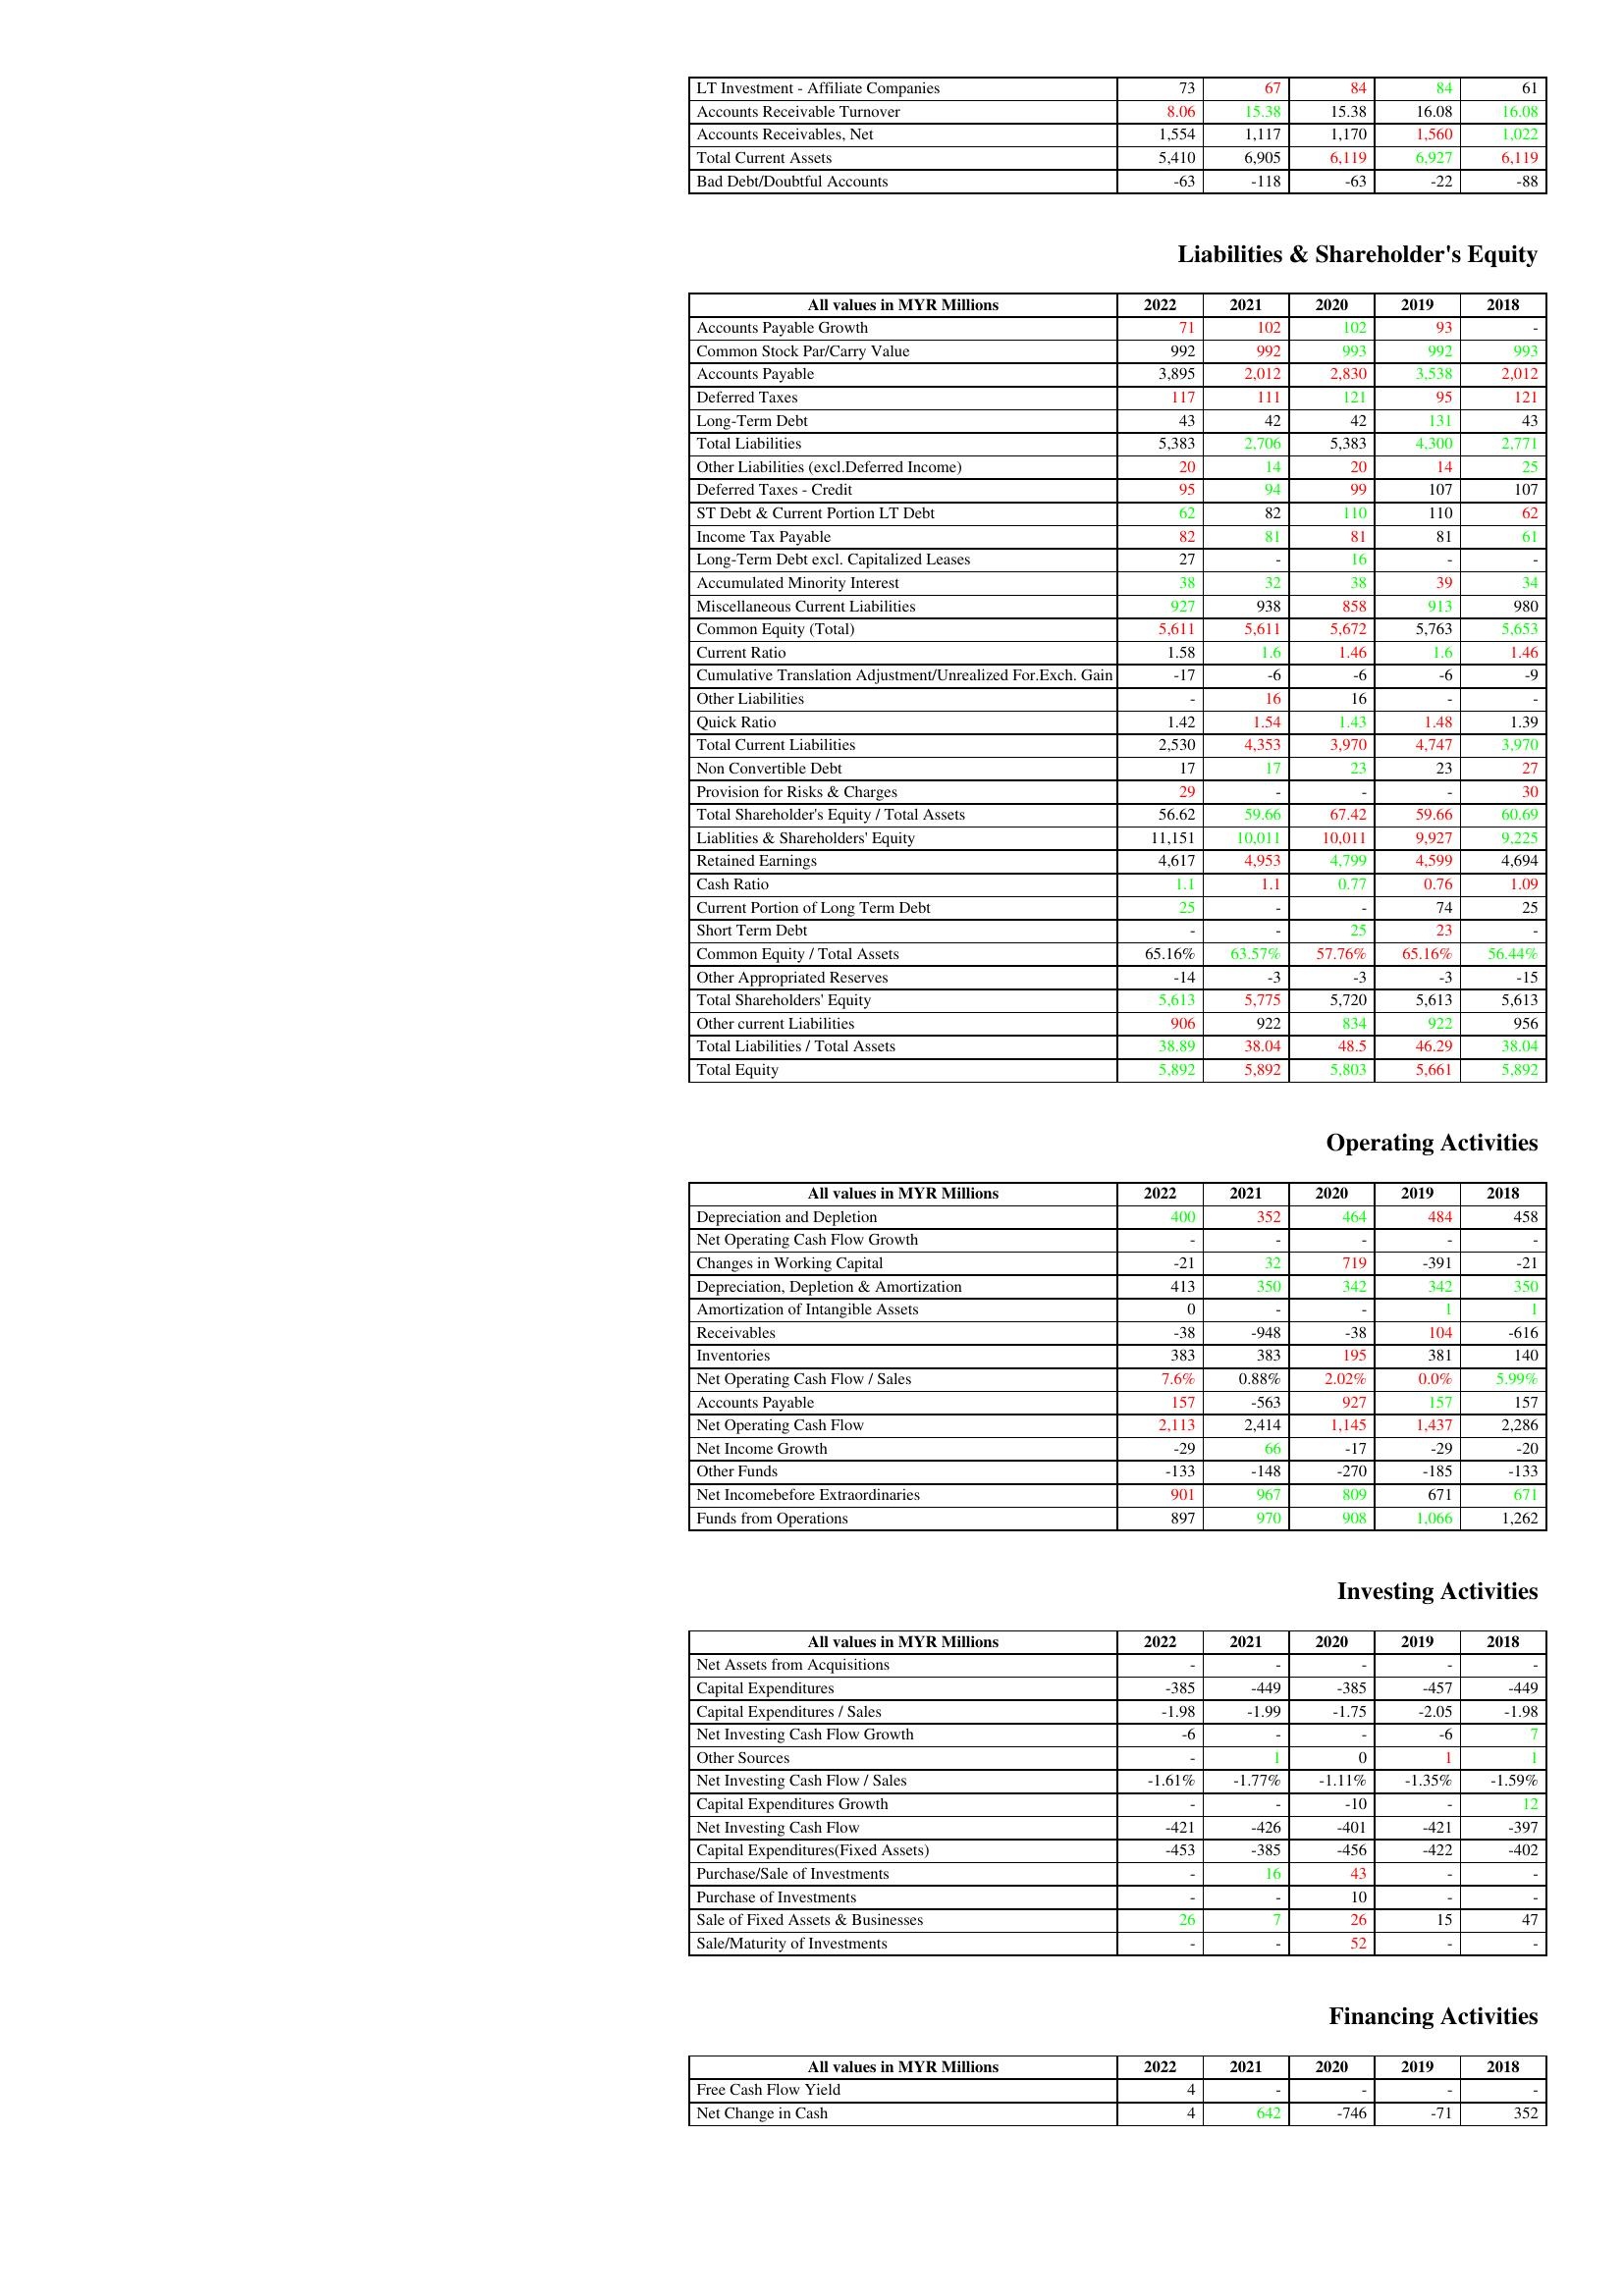
gt_parse: 2022: Assets: LT Investment - Affiliate Companies: 73
Accounts Receivable Turnover: 8.06
Accounts Receivables, Net: 1,554
Total Current Assets: 5,410
Bad Debt/Doubtful Accounts: -63
Liabilities & Shareholder's Equity: Accounts Payable Growth: 71
Common Stock Par/Carry Value: 992
Accounts Payable: 3,895
Deferred Taxes: 117
Long-Term Debt: 43
Total Liabilities: 5,383
Other Liabilities (excl.Deferred Income): 20
Deferred Taxes - Credit: 95
ST Debt & Current Portion LT Debt: 62
Income Tax Payable: 82
Long-Term Debt excl. Capitalized Leases: 27
Accumulated Minority Interest: 38
Miscellaneous Current Liabilities: 927
Common Equity (Total): 5,611
Current Ratio: 1.58
Cumulative Translation Adjustment/Unrealized For.Exch. Gain: -17
Other Liabilities: -
Quick Ratio: 1.42
Total Current Liabilities: 2,530
Non Convertible Debt: 17
Provision for Risks & Charges: 29
Total Shareholder's Equity / Total Assets: 56.62
Liablities & Shareholders' Equity: 11,151
Retained Earnings: 4,617
Cash Ratio: 1.1
Current Portion of Long Term Debt: 25
Short Term Debt: -
Common Equity / Total Assets: 65.16%
Other Appropriated Reserves: -14
Total Shareholders' Equity: 5,613
Other current Liabilities: 906
Total Liabilities / Total Assets: 38.89
Total Equity: 5,892
Operating Activities: Depreciation and Depletion: 400
Net Operating Cash Flow Growth: -
Changes in Working Capital: -21
Depreciation, Depletion & Amortization: 413
Amortization of Intangible Assets: 0
Receivables: -38
Inventories: 383
Net Operating Cash Flow / Sales: 7.6%
Accounts Payable: 157
Net Operating Cash Flow: 2,113
Net Income Growth: -29
Other Funds: -133
Net Incomebefore Extraordinaries: 901
Funds from Operations: 897
Investing Activities: Net Assets from Acquisitions: -
Capital Expenditures: -385
Capital Expenditures / Sales: -1.98
Net Investing Cash Flow Growth: -6
Other Sources: -
Net Investing Cash Flow / Sales: -1.61%
Capital Expenditures Growth: -
Net Investing Cash Flow: -421
Capital Expenditures(Fixed Assets): -453
Purchase/Sale of Investments: -
Purchase of Investments: -
Sale of Fixed Assets & Businesses: 26
Sale/Maturity of Investments: -
Financing Activities: Free Cash Flow Yield: 4
Net Change in Cash: 4
2021: Assets: LT Investment - Affiliate Companies: 67
Accounts Receivable Turnover: 15.38
Accounts Receivables, Net: 1,117
Total Current Assets: 6,905
Bad Debt/Doubtful Accounts: -118
Liabilities & Shareholder's Equity: Accounts Payable Growth: 102
Common Stock Par/Carry Value: 992
Accounts Payable: 2,012
Deferred Taxes: 111
Long-Term Debt: 42
Total Liabilities: 2,706
Other Liabilities (excl.Deferred Income): 14
Deferred Taxes - Credit: 94
ST Debt & Current Portion LT Debt: 82
Income Tax Payable: 81
Long-Term Debt excl. Capitalized Leases: -
Accumulated Minority Interest: 32
Miscellaneous Current Liabilities: 938
Common Equity (Total): 5,611
Current Ratio: 1.6
Cumulative Translation Adjustment/Unrealized For.Exch. Gain: -6
Other Liabilities: 16
Quick Ratio: 1.54
Total Current Liabilities: 4,353
Non Convertible Debt: 17
Provision for Risks & Charges: -
Total Shareholder's Equity / Total Assets: 59.66
Liablities & Shareholders' Equity: 10,011
Retained Earnings: 4,953
Cash Ratio: 1.1
Current Portion of Long Term Debt: -
Short Term Debt: -
Common Equity / Total Assets: 63.57%
Other Appropriated Reserves: -3
Total Shareholders' Equity: 5,775
Other current Liabilities: 922
Total Liabilities / Total Assets: 38.04
Total Equity: 5,892
Operating Activities: Depreciation and Depletion: 352
Net Operating Cash Flow Growth: -
Changes in Working Capital: 32
Depreciation, Depletion & Amortization: 350
Amortization of Intangible Assets: -
Receivables: -948
Inventories: 383
Net Operating Cash Flow / Sales: 0.88%
Accounts Payable: -563
Net Operating Cash Flow: 2,414
Net Income Growth: 66
Other Funds: -148
Net Incomebefore Extraordinaries: 967
Funds from Operations: 970
Investing Activities: Net Assets from Acquisitions: -
Capital Expenditures: -449
Capital Expenditures / Sales: -1.99
Net Investing Cash Flow Growth: -
Other Sources: 1
Net Investing Cash Flow / Sales: -1.77%
Capital Expenditures Growth: -
Net Investing Cash Flow: -426
Capital Expenditures(Fixed Assets): -385
Purchase/Sale of Investments: 16
Purchase of Investments: -
Sale of Fixed Assets & Businesses: 7
Sale/Maturity of Investments: -
Financing Activities: Free Cash Flow Yield: -
Net Change in Cash: 642
2020: Assets: LT Investment - Affiliate Companies: 84
Accounts Receivable Turnover: 15.38
Accounts Receivables, Net: 1,170
Total Current Assets: 6,119
Bad Debt/Doubtful Accounts: -63
Liabilities & Shareholder's Equity: Accounts Payable Growth: 102
Common Stock Par/Carry Value: 993
Accounts Payable: 2,830
Deferred Taxes: 121
Long-Term Debt: 42
Total Liabilities: 5,383
Other Liabilities (excl.Deferred Income): 20
Deferred Taxes - Credit: 99
ST Debt & Current Portion LT Debt: 110
Income Tax Payable: 81
Long-Term Debt excl. Capitalized Leases: 16
Accumulated Minority Interest: 38
Miscellaneous Current Liabilities: 858
Common Equity (Total): 5,672
Current Ratio: 1.46
Cumulative Translation Adjustment/Unrealized For.Exch. Gain: -6
Other Liabilities: 16
Quick Ratio: 1.43
Total Current Liabilities: 3,970
Non Convertible Debt: 23
Provision for Risks & Charges: -
Total Shareholder's Equity / Total Assets: 67.42
Liablities & Shareholders' Equity: 10,011
Retained Earnings: 4,799
Cash Ratio: 0.77
Current Portion of Long Term Debt: -
Short Term Debt: 25
Common Equity / Total Assets: 57.76%
Other Appropriated Reserves: -3
Total Shareholders' Equity: 5,720
Other current Liabilities: 834
Total Liabilities / Total Assets: 48.5
Total Equity: 5,803
Operating Activities: Depreciation and Depletion: 464
Net Operating Cash Flow Growth: -
Changes in Working Capital: 719
Depreciation, Depletion & Amortization: 342
Amortization of Intangible Assets: -
Receivables: -38
Inventories: 195
Net Operating Cash Flow / Sales: 2.02%
Accounts Payable: 927
Net Operating Cash Flow: 1,145
Net Income Growth: -17
Other Funds: -270
Net Incomebefore Extraordinaries: 809
Funds from Operations: 908
Investing Activities: Net Assets from Acquisitions: -
Capital Expenditures: -385
Capital Expenditures / Sales: -1.75
Net Investing Cash Flow Growth: -
Other Sources: 0
Net Investing Cash Flow / Sales: -1.11%
Capital Expenditures Growth: -10
Net Investing Cash Flow: -401
Capital Expenditures(Fixed Assets): -456
Purchase/Sale of Investments: 43
Purchase of Investments: 10
Sale of Fixed Assets & Businesses: 26
Sale/Maturity of Investments: 52
Financing Activities: Free Cash Flow Yield: -
Net Change in Cash: -746
2019: Assets: LT Investment - Affiliate Companies: 84
Accounts Receivable Turnover: 16.08
Accounts Receivables, Net: 1,560
Total Current Assets: 6,927
Bad Debt/Doubtful Accounts: -22
Liabilities & Shareholder's Equity: Accounts Payable Growth: 93
Common Stock Par/Carry Value: 992
Accounts Payable: 3,538
Deferred Taxes: 95
Long-Term Debt: 131
Total Liabilities: 4,300
Other Liabilities (excl.Deferred Income): 14
Deferred Taxes - Credit: 107
ST Debt & Current Portion LT Debt: 110
Income Tax Payable: 81
Long-Term Debt excl. Capitalized Leases: -
Accumulated Minority Interest: 39
Miscellaneous Current Liabilities: 913
Common Equity (Total): 5,763
Current Ratio: 1.6
Cumulative Translation Adjustment/Unrealized For.Exch. Gain: -6
Other Liabilities: -
Quick Ratio: 1.48
Total Current Liabilities: 4,747
Non Convertible Debt: 23
Provision for Risks & Charges: -
Total Shareholder's Equity / Total Assets: 59.66
Liablities & Shareholders' Equity: 9,927
Retained Earnings: 4,599
Cash Ratio: 0.76
Current Portion of Long Term Debt: 74
Short Term Debt: 23
Common Equity / Total Assets: 65.16%
Other Appropriated Reserves: -3
Total Shareholders' Equity: 5,613
Other current Liabilities: 922
Total Liabilities / Total Assets: 46.29
Total Equity: 5,661
Operating Activities: Depreciation and Depletion: 484
Net Operating Cash Flow Growth: -
Changes in Working Capital: -391
Depreciation, Depletion & Amortization: 342
Amortization of Intangible Assets: 1
Receivables: 104
Inventories: 381
Net Operating Cash Flow / Sales: 0.0%
Accounts Payable: 157
Net Operating Cash Flow: 1,437
Net Income Growth: -29
Other Funds: -185
Net Incomebefore Extraordinaries: 671
Funds from Operations: 1,066
Investing Activities: Net Assets from Acquisitions: -
Capital Expenditures: -457
Capital Expenditures / Sales: -2.05
Net Investing Cash Flow Growth: -6
Other Sources: 1
Net Investing Cash Flow / Sales: -1.35%
Capital Expenditures Growth: -
Net Investing Cash Flow: -421
Capital Expenditures(Fixed Assets): -422
Purchase/Sale of Investments: -
Purchase of Investments: -
Sale of Fixed Assets & Businesses: 15
Sale/Maturity of Investments: -
Financing Activities: Free Cash Flow Yield: -
Net Change in Cash: -71
2018: Assets: LT Investment - Affiliate Companies: 61
Accounts Receivable Turnover: 16.08
Accounts Receivables, Net: 1,022
Total Current Assets: 6,119
Bad Debt/Doubtful Accounts: -88
Liabilities & Shareholder's Equity: Accounts Payable Growth: -
Common Stock Par/Carry Value: 993
Accounts Payable: 2,012
Deferred Taxes: 121
Long-Term Debt: 43
Total Liabilities: 2,771
Other Liabilities (excl.Deferred Income): 25
Deferred Taxes - Credit: 107
ST Debt & Current Portion LT Debt: 62
Income Tax Payable: 61
Long-Term Debt excl. Capitalized Leases: -
Accumulated Minority Interest: 34
Miscellaneous Current Liabilities: 980
Common Equity (Total): 5,653
Current Ratio: 1.46
Cumulative Translation Adjustment/Unrealized For.Exch. Gain: -9
Other Liabilities: -
Quick Ratio: 1.39
Total Current Liabilities: 3,970
Non Convertible Debt: 27
Provision for Risks & Charges: 30
Total Shareholder's Equity / Total Assets: 60.69
Liablities & Shareholders' Equity: 9,225
Retained Earnings: 4,694
Cash Ratio: 1.09
Current Portion of Long Term Debt: 25
Short Term Debt: -
Common Equity / Total Assets: 56.44%
Other Appropriated Reserves: -15
Total Shareholders' Equity: 5,613
Other current Liabilities: 956
Total Liabilities / Total Assets: 38.04
Total Equity: 5,892
Operating Activities: Depreciation and Depletion: 458
Net Operating Cash Flow Growth: -
Changes in Working Capital: -21
Depreciation, Depletion & Amortization: 350
Amortization of Intangible Assets: 1
Receivables: -616
Inventories: 140
Net Operating Cash Flow / Sales: 5.99%
Accounts Payable: 157
Net Operating Cash Flow: 2,286
Net Income Growth: -20
Other Funds: -133
Net Incomebefore Extraordinaries: 671
Funds from Operations: 1,262
Investing Activities: Net Assets from Acquisitions: -
Capital Expenditures: -449
Capital Expenditures / Sales: -1.98
Net Investing Cash Flow Growth: 7
Other Sources: 1
Net Investing Cash Flow / Sales: -1.59%
Capital Expenditures Growth: 12
Net Investing Cash Flow: -397
Capital Expenditures(Fixed Assets): -402
Purchase/Sale of Investments: -
Purchase of Investments: -
Sale of Fixed Assets & Businesses: 47
Sale/Maturity of Investments: -
Financing Activities: Free Cash Flow Yield: -
Net Change in Cash: 352